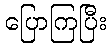
ပြောကြပြီး